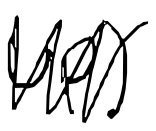
Text: up)
Cross-out: zig-zag
Writing tool: digital_black